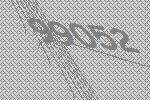
99052